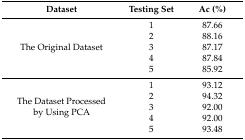
<table><thead><tr><td><b>Dataset</b></td><td><b>Testing Set</b></td><td><b>Ac (%)</b></td></tr></thead><tbody><tr><td rowspan="5">The Original Dataset</td><td>1</td><td>87.66</td></tr><tr><td>2</td><td>88.16</td></tr><tr><td>3</td><td>87.17</td></tr><tr><td>4</td><td>87.84</td></tr><tr><td>5</td><td>85.92</td></tr><tr><td rowspan="5">The Dataset Processed by Using PCA</td><td>1</td><td>93.12</td></tr><tr><td>2</td><td>94.32</td></tr><tr><td>3</td><td>92.00</td></tr><tr><td>4</td><td>92.00</td></tr><tr><td>5</td><td>93.48</td></tr></tbody></table>